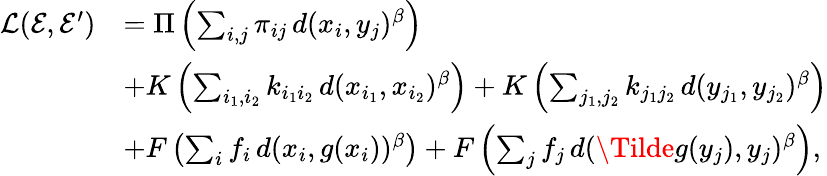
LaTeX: \begin{array}{rl}{\mathcal{L}(\mathcal{E},\mathcal{E}^{\prime})}&{=\Pi\left(\sum_{i,j}\pi_{ij}\, d(x_{i},y_{j})^{\beta}\right)}\\ &{+K\left(\sum_{i_{1},i_{2}}k_{i_{1}i_{2}}\, d(x_{i_{1}},x_{i_{2}})^{\beta}\right)+K\left(\sum_{j_{1},j_{2}}k_{j_{1}j_{2}}\, d(y_{j_{1}},y_{j_{2}})^{\beta}\right)}\\ &{+F\left(\sum_{i}f_{i}\, d(x_{i},g(x_{i}))^{\beta}\right)+F\left(\sum_{j}f_{j}\, d(\Tilde{g}(y_{j}),y_{j})^{\beta}\right),}\end{array}